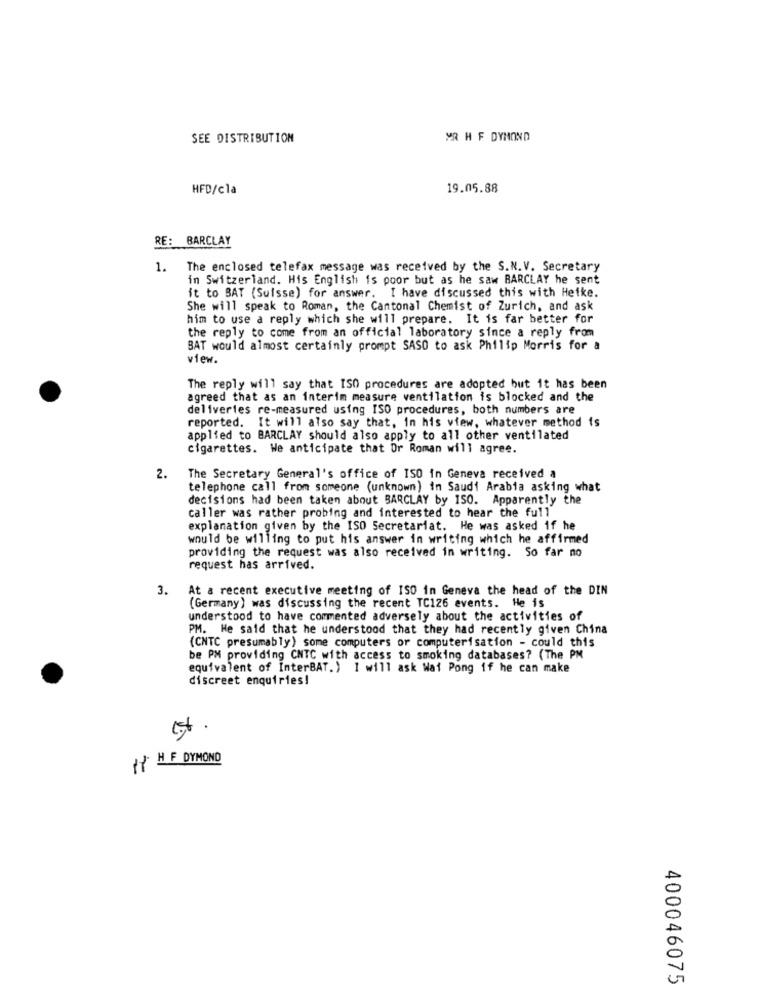
SEE DISTRIBUTION
MR H F DYMOND
HFD/cla
19.05.88
RE: BARCLAY
1.
The enclosed telefax message was received by the S.N.V. Secretary
in Switzerland. His English is poor but as he saw BARCLAY he sent
it to BAT (Suisse) for answer. I have discussed this with Heike.
She will speak to Roman, the Cantonal Chemist of Zurich, and ask
him to use a reply which she will prepare. It is far better for
the reply to come from an official laboratory since a reply from
BAT would almost certainly prompt SASO to ask Philip Morris for a
view.
The reply will say that ISO procedures are adopted but it has been
agreed that as an interim measure ventilation is blocked and the
deliveries re-measured using ISO procedures, both numbers are
reported. It will also say that, in his view, whatever method is
applied to BARCLAY should also apply to all other ventilated
cigarettes. We anticipate that Or Roman will agree.
2.
The Secretary General's office of ISO in Geneva received a
telephone call from someone (unknown) in Saudi Arabia asking what
decisions had been taken about BARCLAY by 150. Apparently the
caller was rather probing and interested to hear the full
explanation given by the ISO Secretariat. He was asked if he
would be willing to put his answer in writing which he affirmed
providing the request was also received in writing. So far no
request has arrived.
3.
At a recent executive meeting of ISO in Geneva the head of the DIN
(Germany) was discussing the recent TC126 events. He is
understood to have commented adversely about the activities of
PM. He said that he understood that they had recently given China
(CNTC presumably) some computers or computerisation - could this
be PM providing CNTC with access to smoking databases? (The PM
equivalent of InterBAT.) I will ask Wat Pong if he can make
discreet enquiries!
IY HF DYMOND
400046075